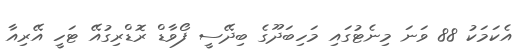
އެކަމަކު 88 ވަނަ މިނެޓުގައި މަހިބަދޫގެ ބިދޭސީ ފޯވާޑް ރޮޑްރިގުއޭ ޓަހީ އޭރިއާ